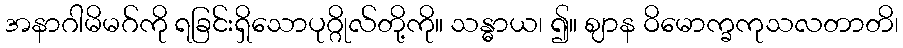
အနာဂါမိမဂ်ကို ရခြင်းရှိသောပုဂ္ဂိုလ်တို့ကို။ သန္ဓာယ၊ ၍။ ဈာန ဝိမောက္ခကုသလတာတိ၊